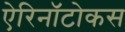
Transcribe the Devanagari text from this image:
ऐरिनॉटोकस